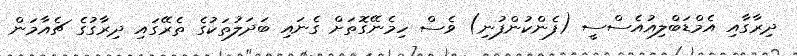
ދިރާގާއި އެމްޑަބްލިއުއެސްސީ (ފެންކުންފުނި) ވެސް ހިމެނޭގޮތަށް ގެނައި ބަދަލުތަކުގެ ތެރޭގައި ދިރާގުގެ ޗެއާމަން